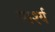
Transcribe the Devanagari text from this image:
स्पर्श्य